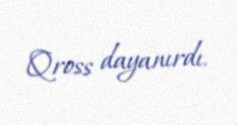
Qross dayanırdı.